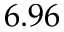
6 . 9 6